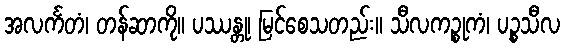
အလင်္ကတံ၊ တန်ဆာကို။ ပဿန္တု၊ မြင်စေသတည်း။ သီလကဉ္စုကံ၊ ပဉ္စသီလ